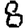
Digit: 8